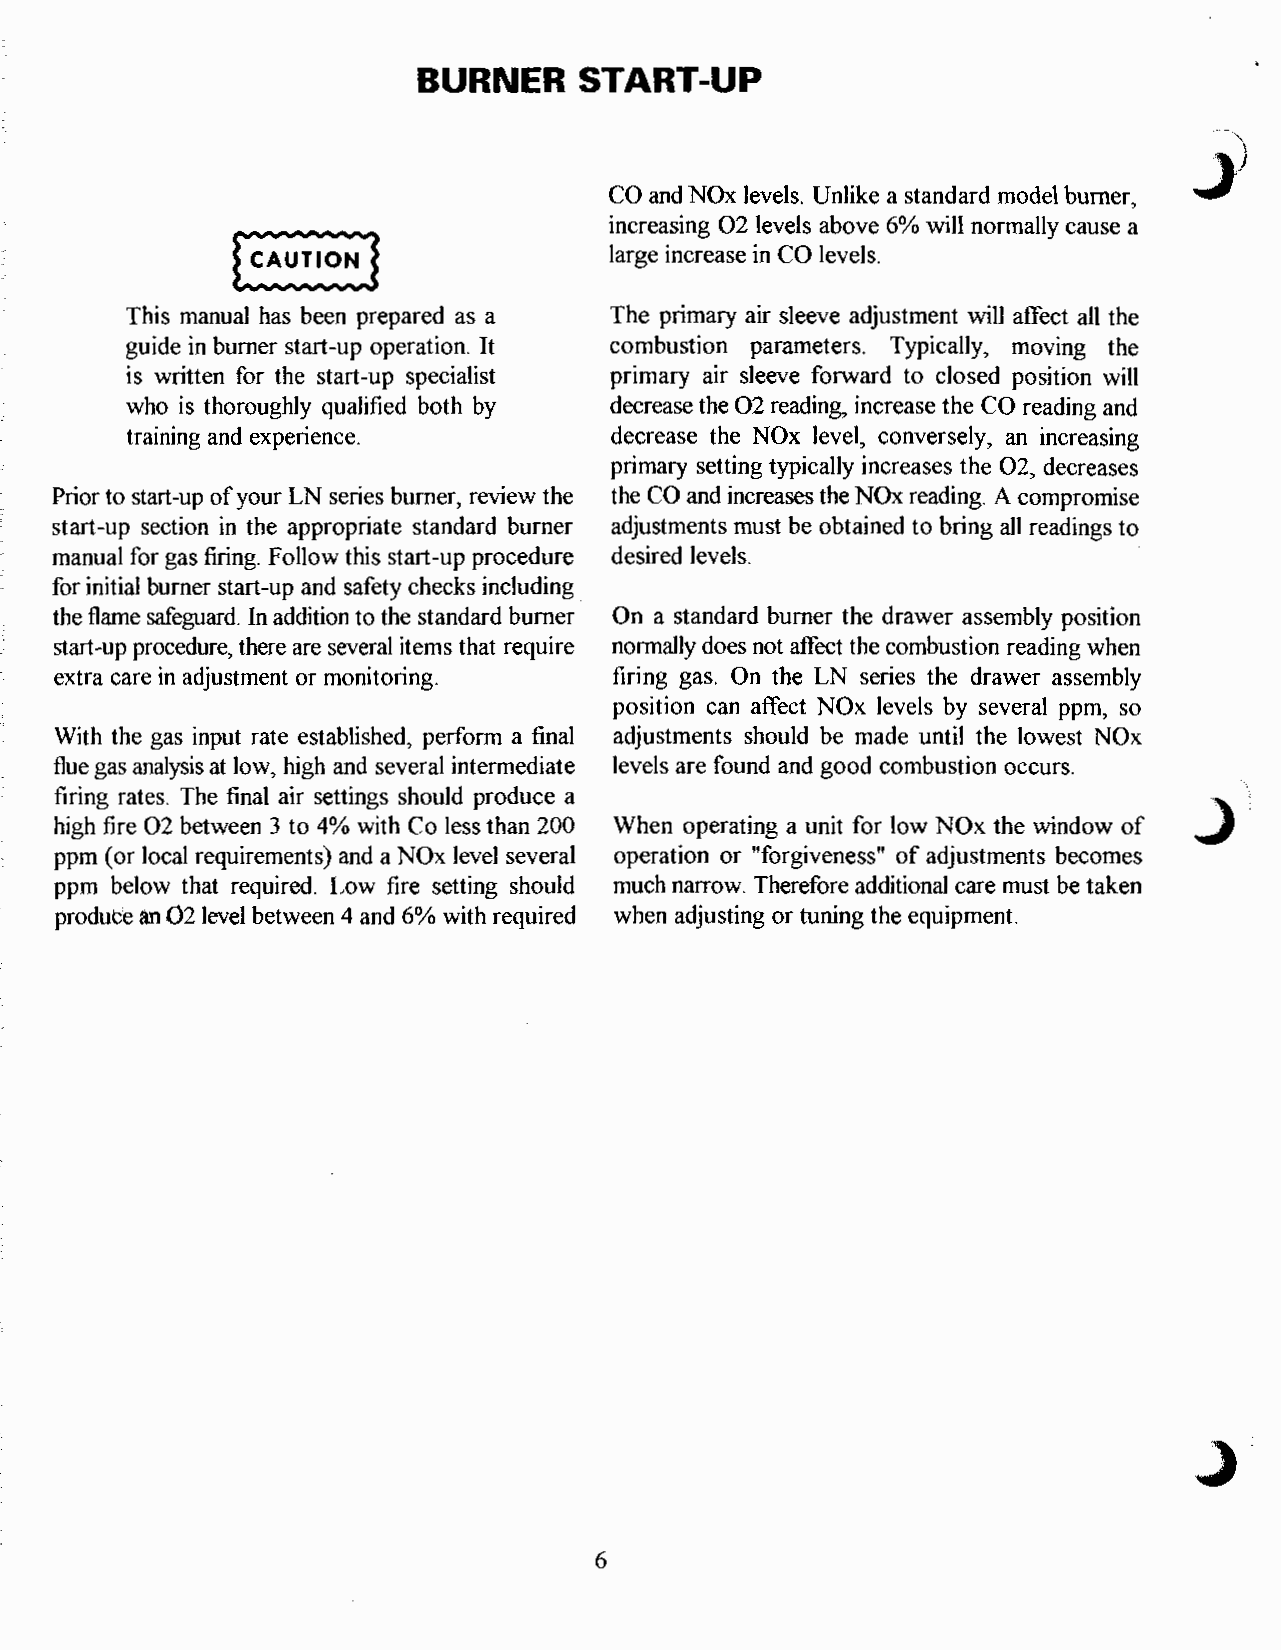
BURNER    START-UP
 J
 CO and NOx levels. Unlike a standard model burner,
 increasing 02 levels above 6% will normally cause a
 large increase in CO levels.
 This manual has been prepared as a The primary air sleeve adjustment will affect all the
 guide in burner start-up operation. It combustion parameters. Typically, moving the
 is written for the start-up specialist primary air sleeve forward to closed position will
 who is thoroughly qualified both by decrease the 02 reading, increase the CO reading and
 training and experience.        decrease the NOx level, conversely, an increasing
 primary setting typically increases the 02, decreases
 Prior to start-up of your LN series burner, review the the CO and increases the NOx reading. A compromise
 start-up section in the appropriate standard burner adjustments must be obtained to bring all readings to
 manual for gas firing. Follow this start-up procedure desired levels.
 for initial burner start-up and safety checks including
 the flame safeguard. In addition to the standard burner On a standard burner the drawer assembly position
 start-up procedure, there are several items that require normally does not affect the combustion reading when
 extra care in adjustment or monitoring. firing gas. On the LN series the drawer assembly
 position can affect NOx levels by several ppm, so
 With the gas input rate established, perform a final adjustments should be made until the lowest NOx
 flue gas analysis at low, high and several intermediate levels are found and good combustion occurs.
 firing rates. The final air settings should produce a
 high fire 02 between 3 to 4% with Co less than 200 When operating a unit for low NOx the window of
 ppm ( or local requirements) and a NOx level several operation or "forgiveness" of adjustments becomes
 ppm below that required. Low fire setting should much narrow. Therefore additional care must be taken
 produce an 02 level between 4 and 6% with required when adjusting or tuning the equipment.
 6